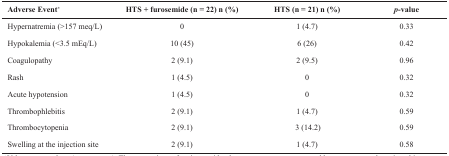
<table><thead><tr><td><b>Adverse Event*</b></td><td><b>HTS + furosemide (n = 22)n (%)</b></td><td><b>HTS (n = 21)n (%)</b></td><td><b><i>p</i>-value</b></td></tr></thead><tbody><tr><td>Hypernatremia (&gt;157 meq/L)</td><td>0</td><td>1 (4.7)</td><td>0.33</td></tr><tr><td>Hypokalemia (&lt;3.5 mEq/L)</td><td>10 (45)</td><td>6 (26)</td><td>0.42</td></tr><tr><td>Coagulopathy</td><td>2 (9.1)</td><td>2 (9.5)</td><td>0.96</td></tr><tr><td>Rash</td><td>1 (4.5)</td><td>0</td><td>0.32</td></tr><tr><td>Acute hypotension</td><td>1 (4.5)</td><td>0</td><td>0.32</td></tr><tr><td>Thrombophlebitis</td><td>2 (9.1)</td><td>1 (4.7)</td><td>0.59</td></tr><tr><td>Thrombocytopenia</td><td>2 (9.1)</td><td>3 (14.2)</td><td>0.59</td></tr><tr><td>Swelling at the injection site</td><td>2 (9.1)</td><td>1 (4.7)</td><td>0.58</td></tr></tbody></table>